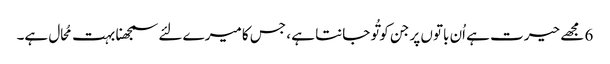
6 مجھے حیرت ہے اُن باتوں پر جن کو تُو جانتا ہے ، جس کا میرے لئے سمجھنا بہت مُحال ہے۔